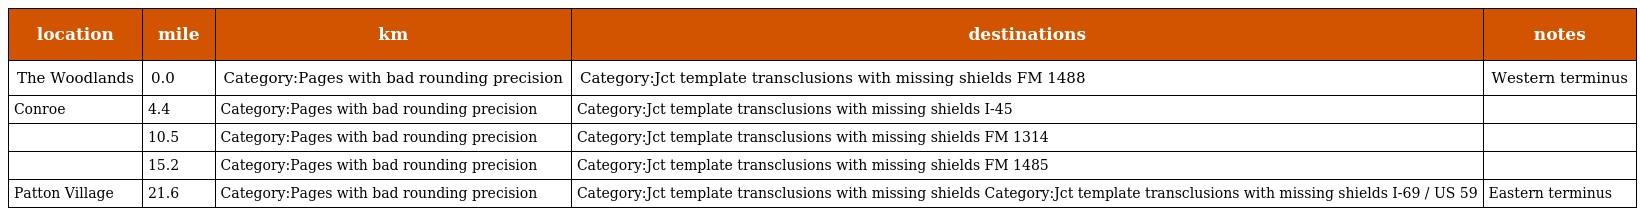
| location | mile | km | destinations | notes |
 | --- | --- | --- | --- | --- |
 | The Woodlands | 0.0 | Category:Pages with bad rounding precision | Category:Jct template transclusions with missing shields FM 1488 | Western terminus |
 | Conroe | 4.4 | Category:Pages with bad rounding precision | Category:Jct template transclusions with missing shields I-45 |  |
 |  | 10.5 | Category:Pages with bad rounding precision | Category:Jct template transclusions with missing shields FM 1314 |  |
 |  | 15.2 | Category:Pages with bad rounding precision | Category:Jct template transclusions with missing shields FM 1485 |  |
 | Patton Village | 21.6 | Category:Pages with bad rounding precision | Category:Jct template transclusions with missing shields Category:Jct template transclusions with missing shields I-69 / US 59 | Eastern terminus |